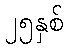
၂၅နှစ်